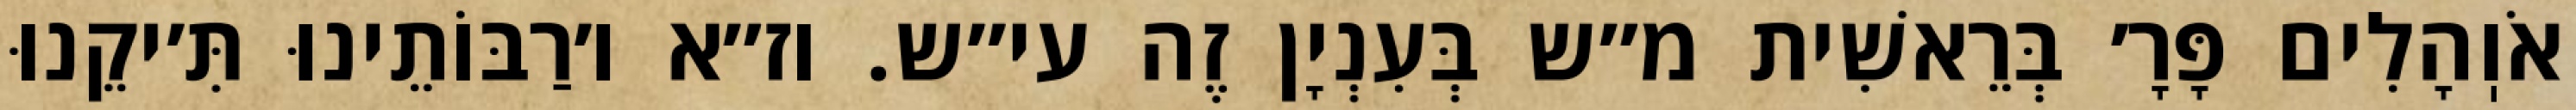
אֹוֽהָלִים פָּרָ׳ בְּרֵאשִׁית מ״ש בְּעִנְיָן זֶה עי״ש. וז״א ו׳רַבּוֹתֵינוּ תִּ׳יקֵנוּ